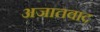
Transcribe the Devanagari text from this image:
अजातवाद